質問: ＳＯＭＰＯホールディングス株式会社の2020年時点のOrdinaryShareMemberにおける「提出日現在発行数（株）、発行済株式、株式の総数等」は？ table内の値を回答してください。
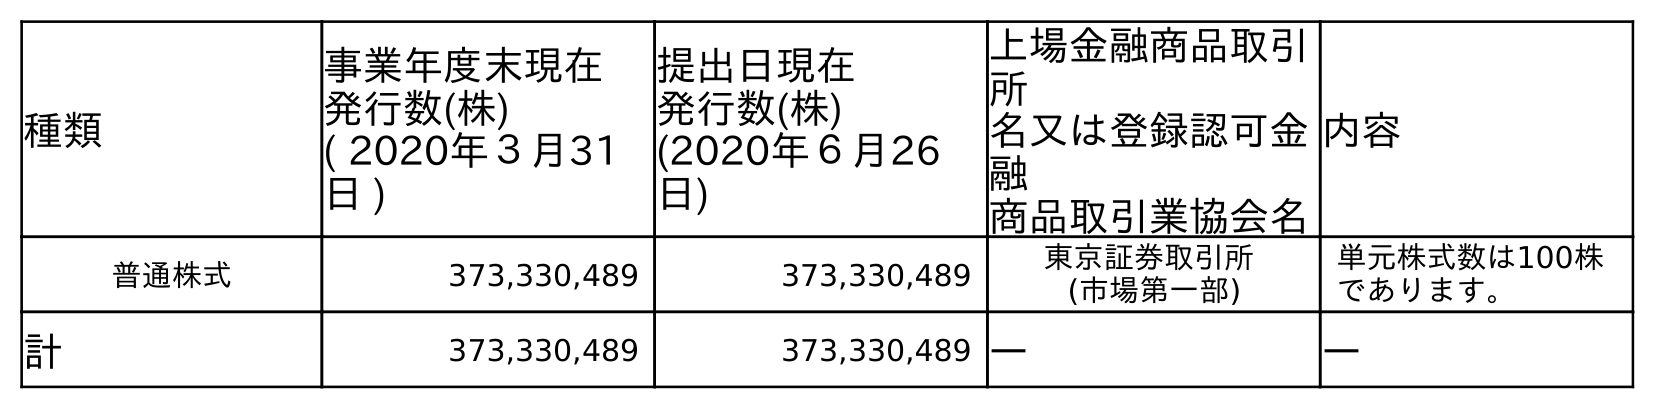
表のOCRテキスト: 種類 事業年度末現在 発行数(株) ( 2020年３月31 日 ) 提出日現在 発行数(株) (2020年６月26 日) 上場金融商品取引 所 名又は登録認可金 融 商品取引業協会名 内容 普通株式 373,330,489 373,330,489 東京証券取引所 (市場第一部) 単元株式数は100株 であります。 計 373,330,489 373,330,489 ― ―
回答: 373,330,489